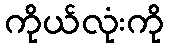
ကိုယ်လုံးကို